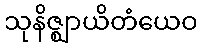
သုနိဇ္ဈာယိတံယေဝ